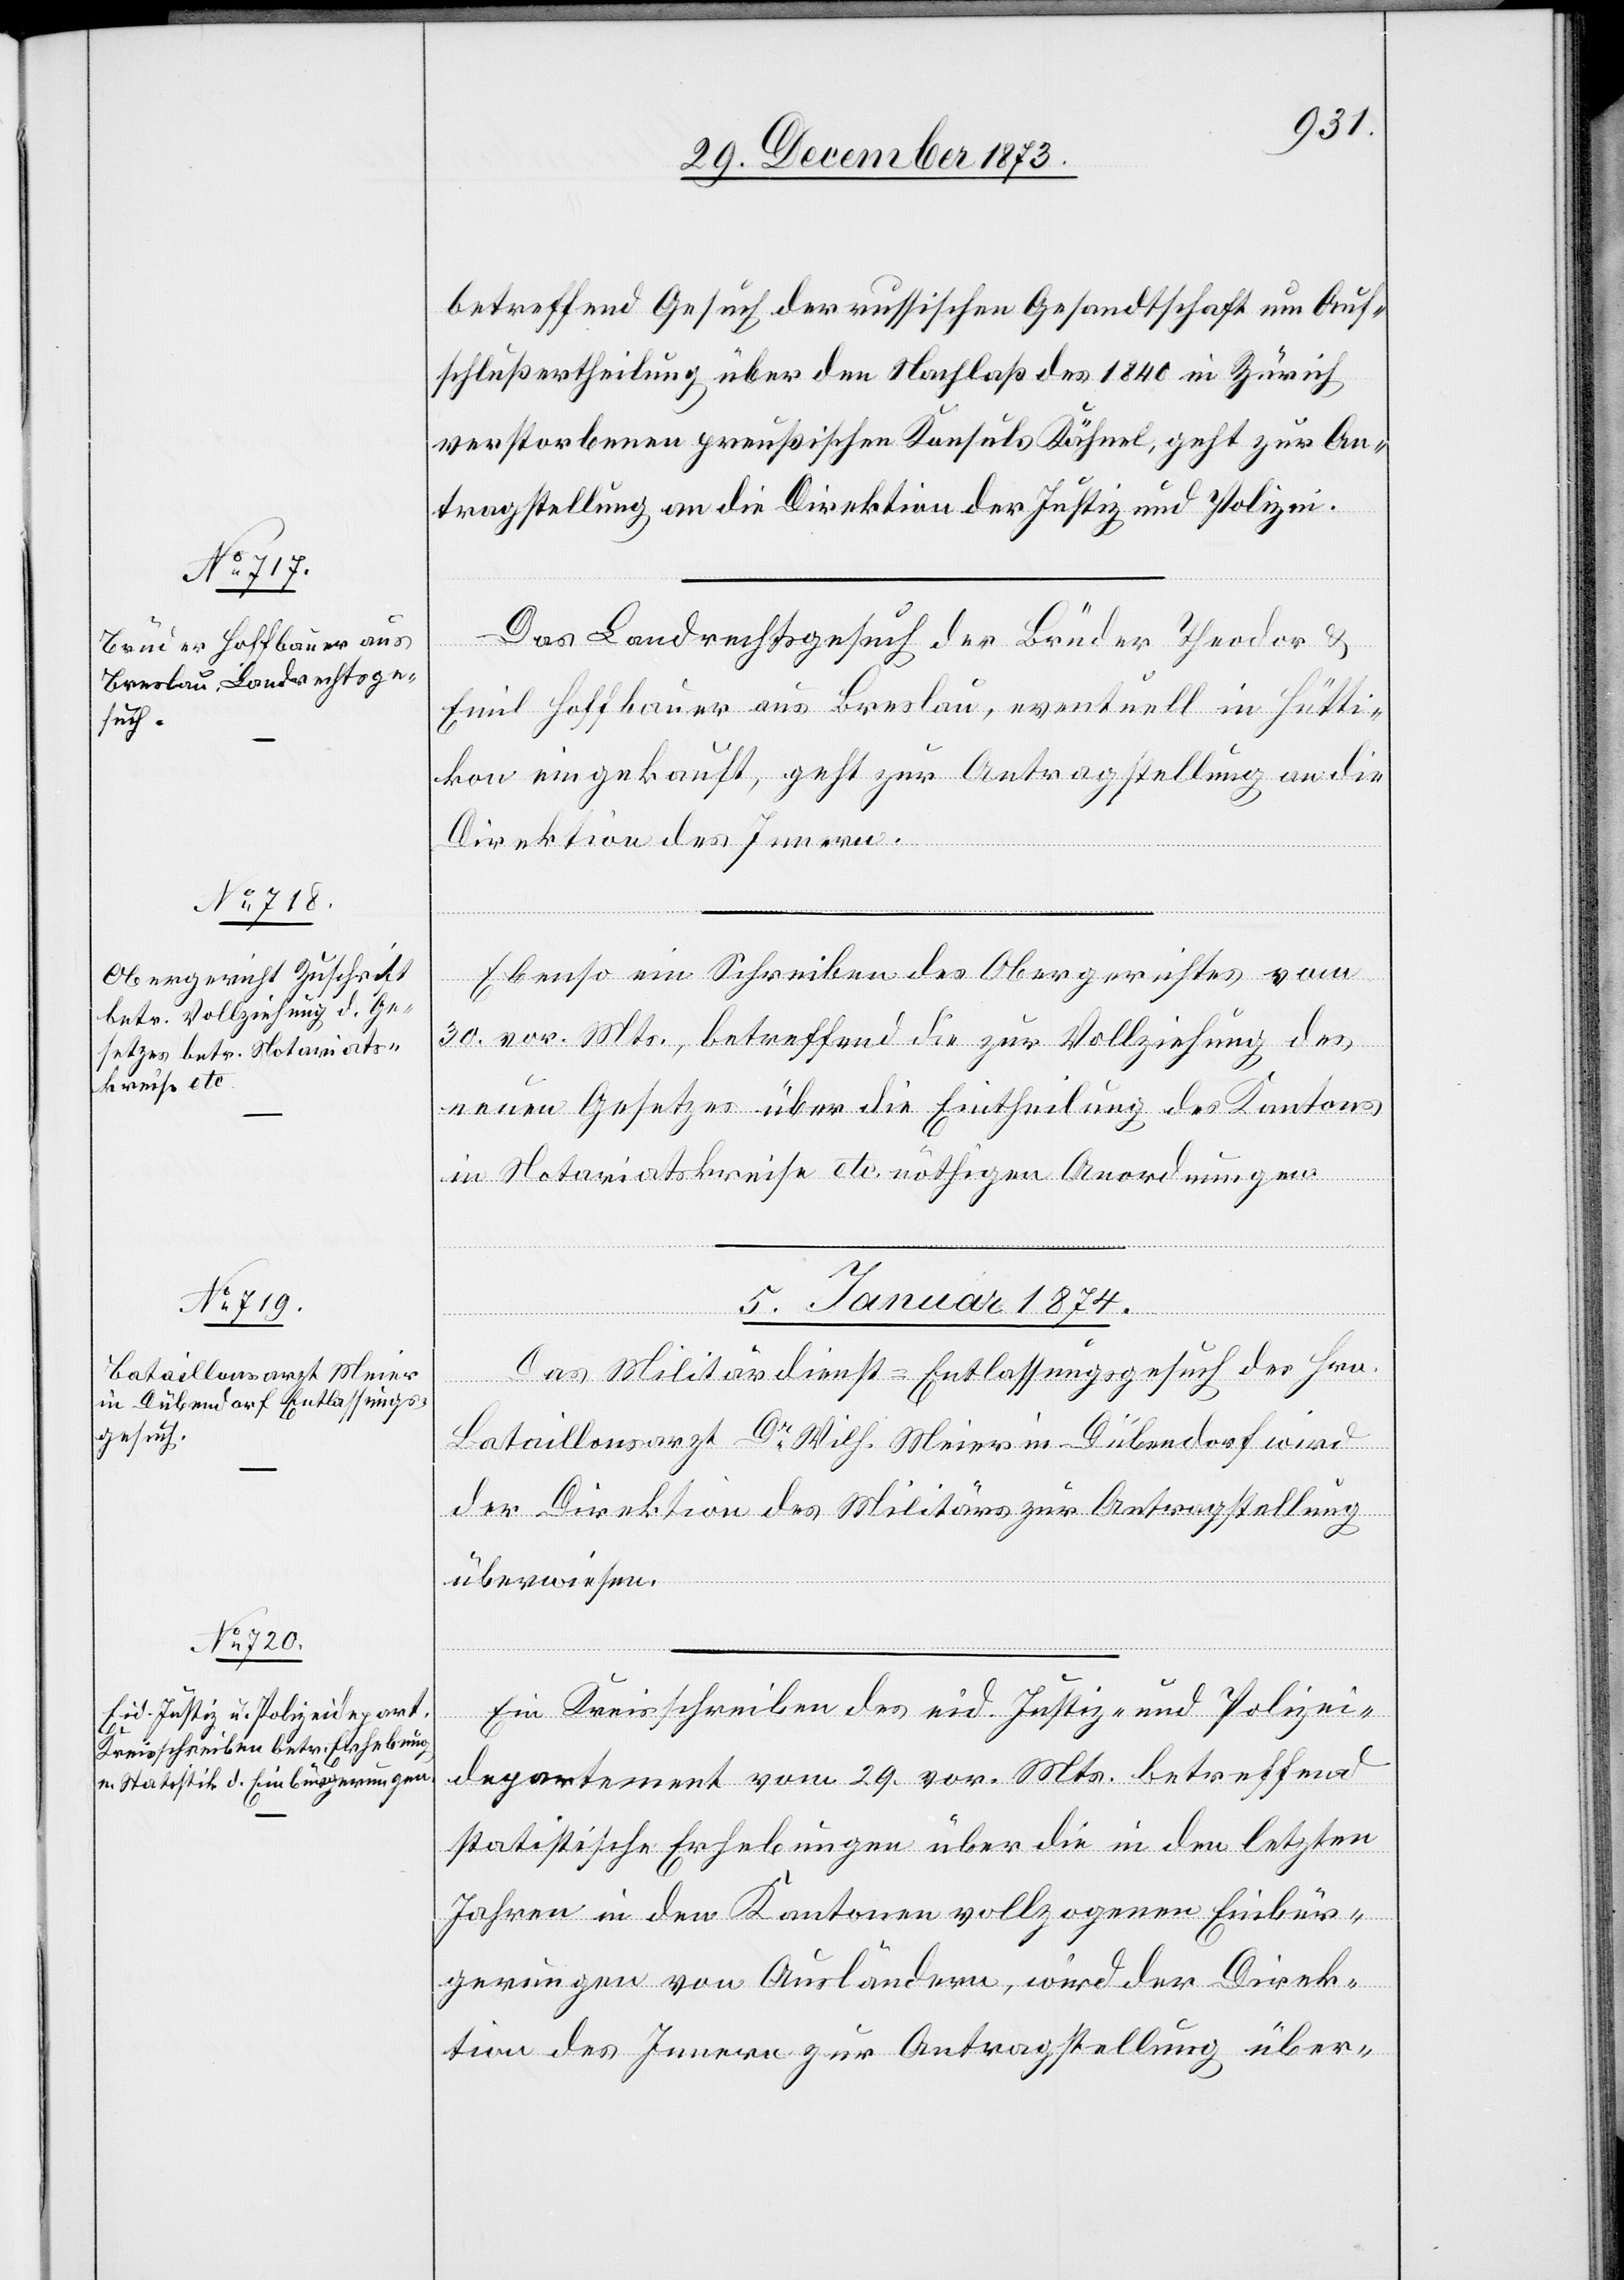
betreffend Gesuch der russischen Gesandtschaft um Auf¬
schlußertheilung über den Nachlaß des 1840 in Zürich
verstorbenen preußischen Konsuls Kähnel, geht zur An¬
tragstellung an die Direktion der Justiz und Polizei.
Das Landrechtsgesuch der Brüder Theodor &
Emil Hoffbauer aus Breslau, eventuell in Hütti¬
kon eingekauft, geht zur Antragstellung an die
Direktion des Innern.
Ebenso ein Schreiben des Obergerichtes vom
30. vor. Mts., betreffend die zur Vollziehung des
neuen Gesetzes über die Eintheilung des Kantons
in Notariatskreise etc. nöthigen Anordnungen.
5. Januar 1874.]
Das Militärdienst-Entlassungsgesuch des Hrn.
Bataillonsarzt Dr Wilh. Meier in Dübendorf wird
der Direktion des Militärs zur Antragstellung
überwiesen.
Ein Kreisschreiben des eid. Justiz- und Polizei¬
departement vom 29. vor. Mts. betreffend
statistische Erhebungen über die in den letzten
Jahren in den Kantonen vollzogenen Einbür¬
gerungen von Ausländern, wird der Direk¬
tion des Innern zur Antragstellung über-